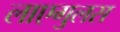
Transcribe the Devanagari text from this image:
लाएगुलस